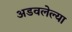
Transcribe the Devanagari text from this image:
अडवलेल्या